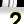
Digit: 2